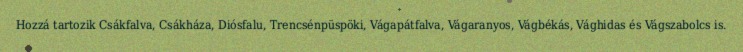
Hozzá tartozik Csákfalva, Csákháza, Diósfalu, Trencsénpüspöki, Vágapátfalva, Vágaranyos, Vágbékás, Vághidas és Vágszabolcs is.